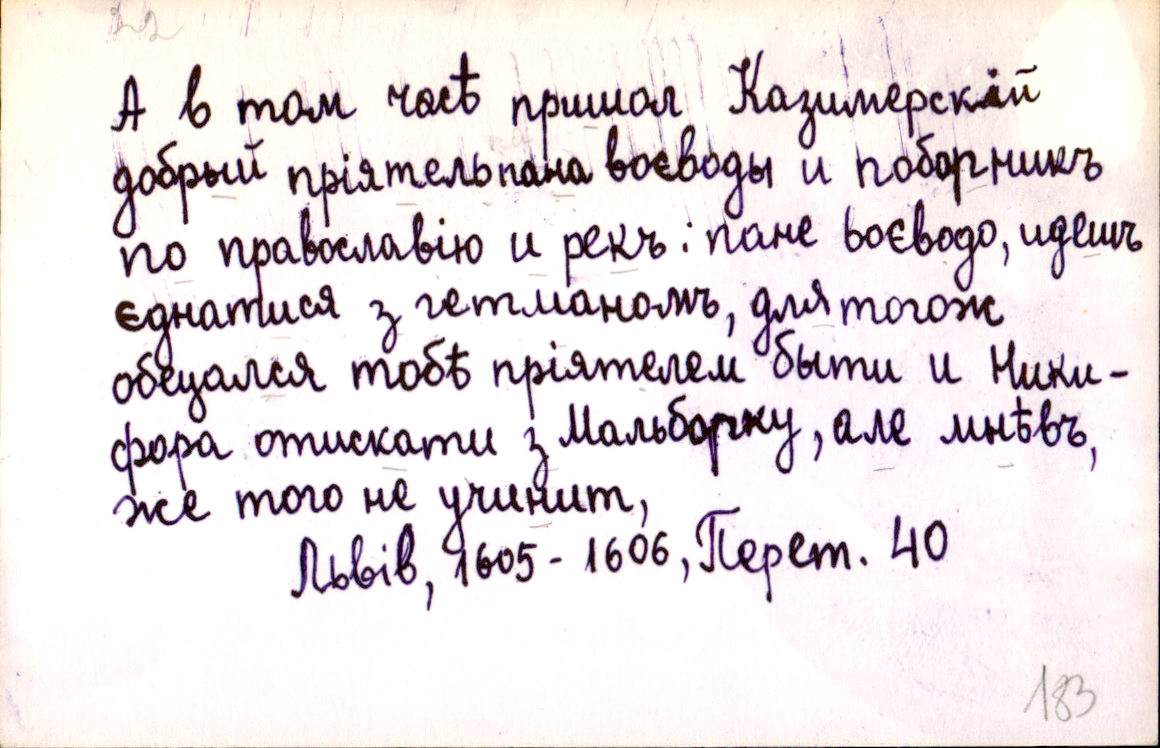
А в том часѣ пришол Казимерскій
добрый пріятель пана воєводы и поборникъ
по православію и рекъ: пане воєводо, идешъ
єднатися з гетманомъ, для тогож
обецался тобѣ пріятелем быти и Ники-
фора отискати з Мальборку, але мнѣвъ,
же того не учинит,
Львів, 1605-1606, Перет. 40